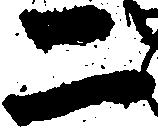
二